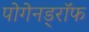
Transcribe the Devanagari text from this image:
पोगेनड्रॉफ